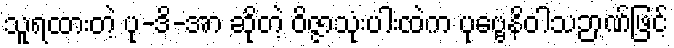
သူရထားတဲ့ ပု-ဒိ-အာ ဆိုတဲ့ ဝိဇ္ဇာသုံးပါးထဲက ပုဗ္ဗေနိဝါသဉာဏ်ဖြင့်